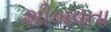
શીખવતા